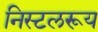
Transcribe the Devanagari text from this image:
निस्टलरूय